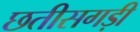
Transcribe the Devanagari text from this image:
छतीसगड़ी